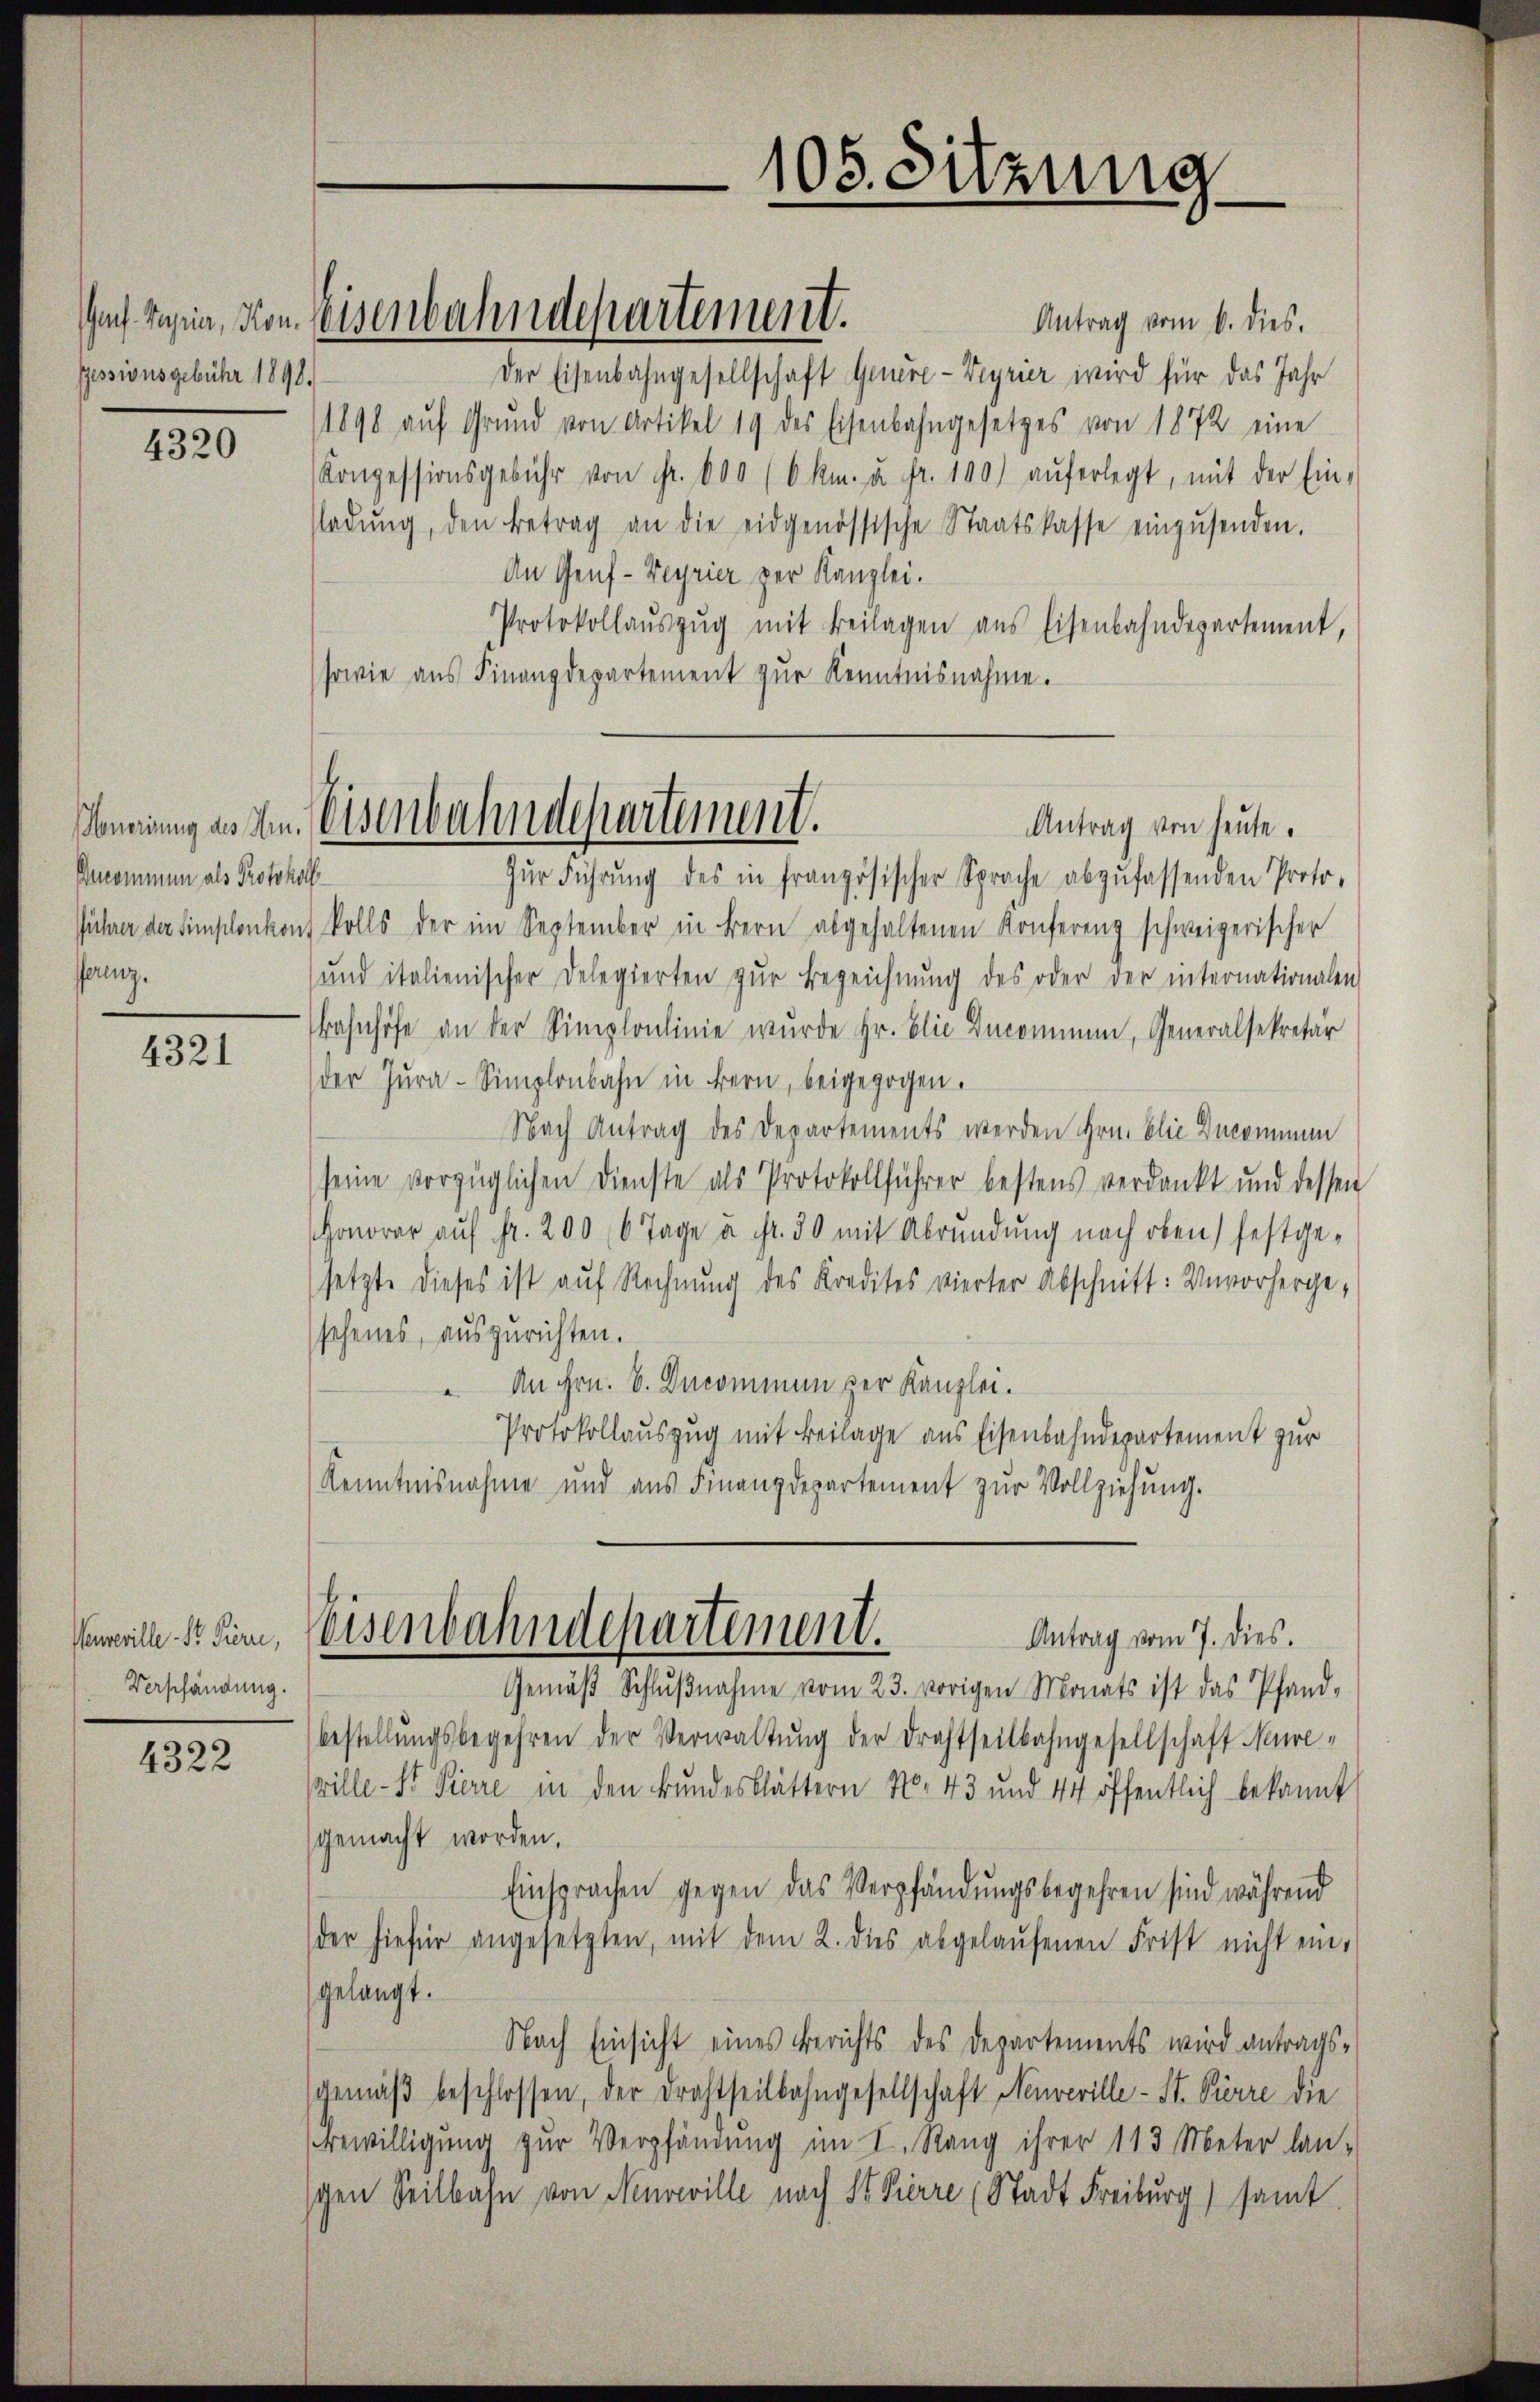
Gessionsgebühr 1898.

4320

Percommen als Protokoll
fferenz.

4321

Veuveville Sr. Pierre,
Verschändung.

4322

Zŭr Führŭng des in französischer Sprache abzufassenden Proto-
Jührer der Simplonkont kolls der im September in Bern abgehaltenen Konferenz schweizerischer
und italienischer Delegierten zŭr Bezeichnŭng des oder der internationalen
Bahnhöfe an der Simplonlinie wurde Hr. Elie Incominen, Generalsekretär
der Jura-Simplonbahn in Bern, beigezogen.
Nach Antrag des Departements werden ihre blie Decommen
seine vorzüglichen Dienste als Protokollführer bestens verdankt und dessen
Honorar auf fr. 200 (6 Tage u. fr. 30 mit Abrundung nach oben) festgesetzte dieses ist auf Rechnung des Kredites vierter Abschnitt: Unvorhergesehenes, auszurichten.
An Hrn. V. Ducommen der Kanzlei.
Protokollauszug mit Beilage aus Eisenbahndepartement zur
Kenntnisnahme und aus Finanzdepartement zur Vollziehung.

Antrag vom 6. dies.
Der Eisenbahngesellschaft Genere-Veyrier wird für das Jahr
1898 aŭf Grŭnd von Artikel 19 des Eisenbahngesetzes von 1872 eine
Konzessionsgebühr von Fr. 600 (6 km. u. fr. 100) aŭferlegt, mit der Ein-
sladŭng, den Betrag an die eidgenössische Staatskasse einzŭsenden.
An Genf -Veyrier zur Kanzlei.
Protokollaŭszŭg mit Beilagen aus Eisenbahndepartement,
sowie aus Finanzdepartement zur Kenntnisnahme.

sof besein, von Eisenberhindepartement.

105. Sitzung.

Nonerung aus den Eisenbahndepartement.
Antrag von heute.

Weisenbahndepartement.
Antrag vom 7. dies.

Gemäβ Schlŭβnahme vom 23. vorigen Monats ist das Pfand-
bestellŭngsbegehren der Verwaltŭng der Drahtseitbahngesellschaft Neureville - Dr. Pierre in den Bundesblättern No. 43 und 44 öffentlich bekannt
gemacht worden.
Einsprachen gegen das Verpfändungsbegehren sind während
der hiefür angesetzten, mit dem 2. dies abgelaŭfenen Frist nicht ein-
gelangt.
Nach Einsicht eines Berichts des Departements wird antragsgemäβ beschlossen, der Drahtheilbahngesellschaft Neuveville - St. Pierre die
Bewilligung zŭr Verpfändung im I. Rang ihrer 113 Meter lan-
schen Seilbahn von Neuveville nach St. Pierre (Stadt Freiburg samt